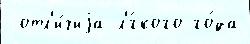
 отл'и́чиjа л'́гкого го́да